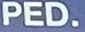
PED.